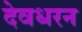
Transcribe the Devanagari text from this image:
देवधरन